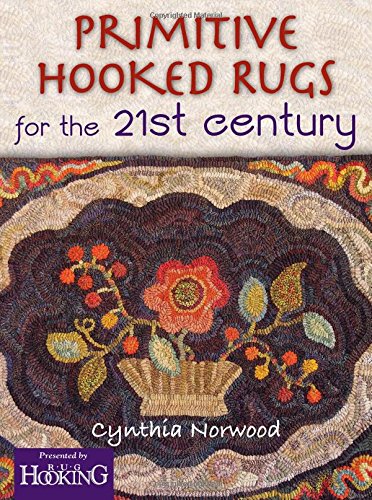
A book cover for Primitive Hooked Rugs for the 21st Century; Cynthia Norwood; Crafts, Hobbies & Home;